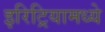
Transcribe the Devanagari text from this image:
इरिट्रियामध्ये